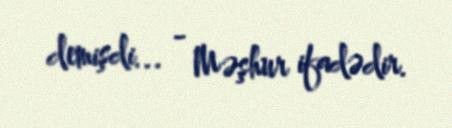
demişdi... - Məşhur ifadədir.